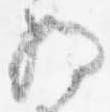
将